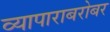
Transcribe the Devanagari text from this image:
व्यापाराबरोबर